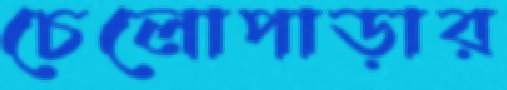
চেলোপাড়ার